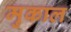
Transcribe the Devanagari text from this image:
मुकाल